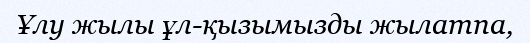
Ұлу жылы ұл-қызымызды жылатпа,